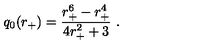
q _ { 0 } ( r _ { + } ) = { \frac { r _ { + } ^ { 6 } - r _ { + } ^ { 4 } } { 4 r _ { + } ^ { 2 } + 3 } } \ .